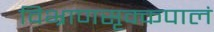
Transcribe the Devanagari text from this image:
विभ्राणसृक्कपालं